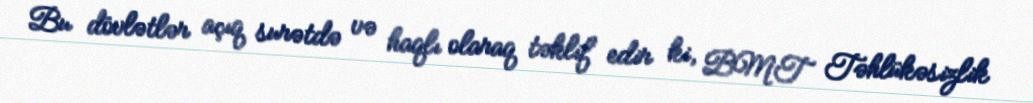
Bu dövlətlər açıq surətdə və haqlı olaraq təklif edir ki, BMT Təhlükəsizlik